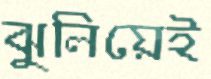
ঝুলিয়েই